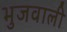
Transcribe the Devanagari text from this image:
भुजवाली